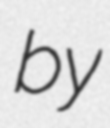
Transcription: by